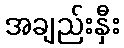
အချည်းနှီး